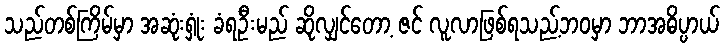
သည်တစ်ကြိမ်မှာ အဆုံးရှုံး ခံရဦးမည် ဆိုလျှင်တော့ ဇင် လူလာဖြစ်ရသည့်ဘဝမှာ ဘာအဓိပ္ပာယ်